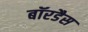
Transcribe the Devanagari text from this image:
बॉरडैस